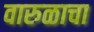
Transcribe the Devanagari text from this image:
वारुळाचा